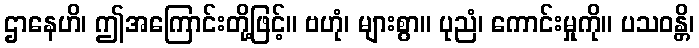
ဌာနေဟိ၊ ဤအကြောင်းတို့ဖြင့်။ ဗဟုံ၊ များစွာ။ ပုညံ၊ ကောင်းမှုကို။ ပသဝန္တိ၊